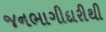
જનભાગીદારીથી